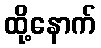
ထို့နောက်